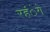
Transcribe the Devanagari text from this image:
रहंेगे